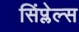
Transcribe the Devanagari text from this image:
सिंप्लेल्स